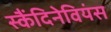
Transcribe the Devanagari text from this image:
स्कैंदिनेवियंस